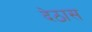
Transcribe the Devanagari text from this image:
देठास